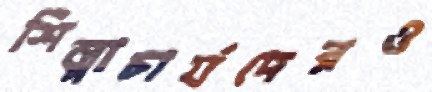
শিল্পাচার্যদেরও